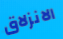
الانزلاق